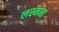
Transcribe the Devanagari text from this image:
लस्मना